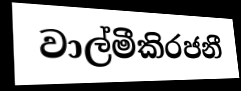
වාල්මීකිරජනී